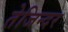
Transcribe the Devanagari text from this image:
तेजिन्दर